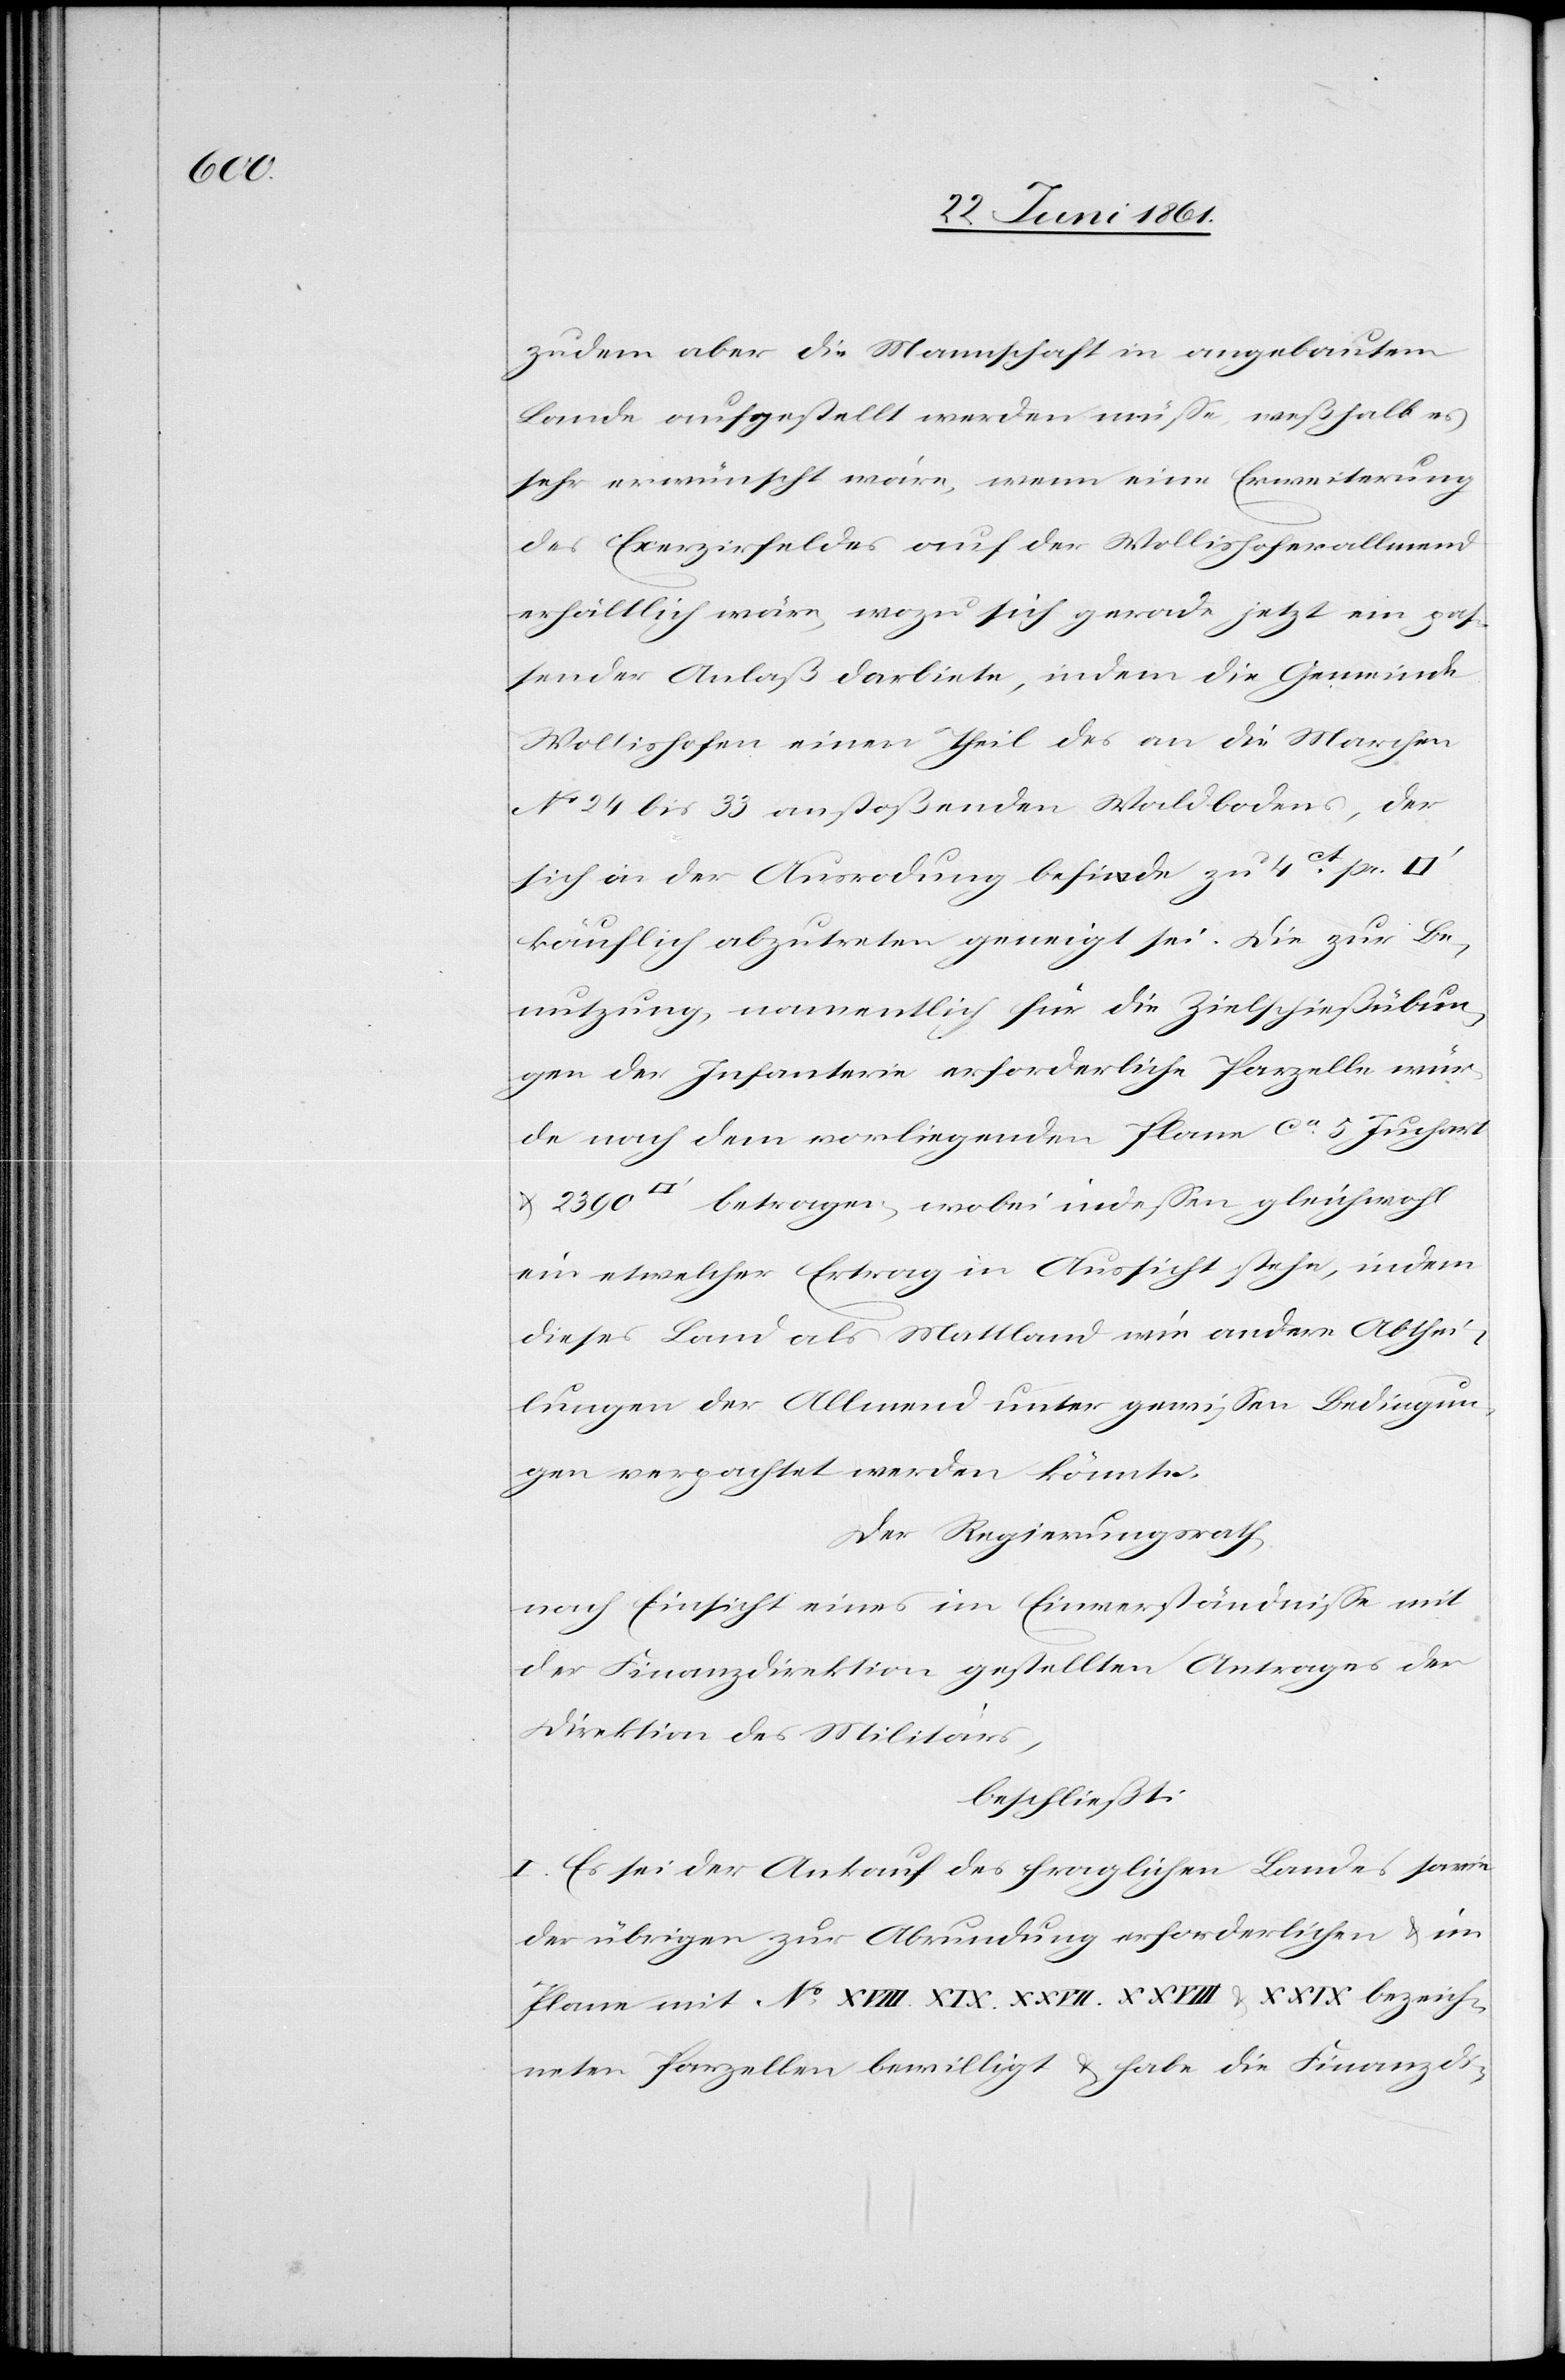
bezeich¬

zudem aber die Mannschaft in angebautem
Lande aufgestellt werden müsse, weßhalb es
sehr erwünscht wäre, wenn eine Erweiterung
des Exerzirfeldes auf der Wollishoferallmend
erhältlich wäre, wozu sich gerade jetzt ein pas¬
sender Anlaß darbiete, indem die Gemeinde
Wollishofen einen Theil des an die Marchen
No 24 bis 33 anstoßenden Waldbodens, der
sich an der Ausrodung befinde zu 4ct pr.
käuflich abzutreten geneigt sei. Die zur Be¬
nutzung, namentlich für die Zielschießübun¬
gen der Infanterie erforderliche Parzelle wür¬
de nach dem vorliegenden Plane ca 5 Juchart
u. 2390 [Quadratfuß] betragen, wobei indessen gleichwohl
ein etwelcher Ertrag in Aussicht stehe, indem
dieses Land als Mattland wie andere Abthei¬
lungen der Allmend unter gewissen Bedingun¬
gen verpachtet werden könnte.
Der Regierungsrath,
nach Einsicht eines im Einverständnisse mit
der Finanzdirektion gestellten Antrages der
Direktion des Militärs,
beschließt:
I. Es sei der Ankauf des fraglichen Landes sowie
der übrigen zur Abrundung erforderlichen u. im
neten Parzellen bewilligt u. habe die Finanzdi-